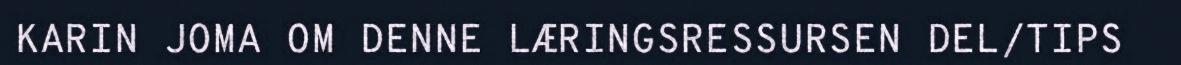
KARIN JOMA OM DENNE LÆRINGSRESSURSEN DEL/TIPS